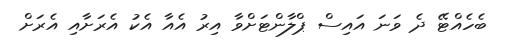
ބެހެއްޓޭ ދެ ވަނަ އައިސް ޕްލާންޓަށްވާ އިރު އެއާ އެކު އެރަށާއި އެރަށް